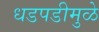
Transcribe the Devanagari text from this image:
धडपडीमुळे